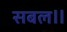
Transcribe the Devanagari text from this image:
सबल॥